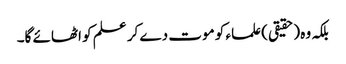
بلکہ وہ (حقیقی) علماء کو موت دے کر علم کو اٹھائے گا۔